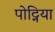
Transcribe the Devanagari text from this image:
पोट्निया